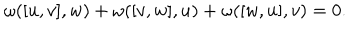
\omega ( [ u , v ] , w ) + \omega ( [ v , w ] , u ) + \omega ( [ w , u ] , v ) = 0 .